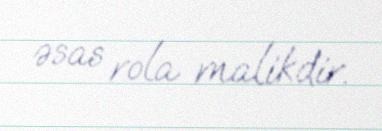
əsas rola malikdir.